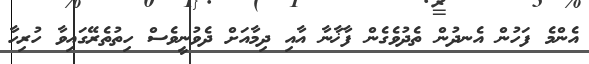
އެންމެ ފަހުން އެނދުން ތެދުވެގެން ފާޚާނާ އާއި ދިމާއަށް ދެވުނީވެސް ހިތުތެރޭގައިވާ ހުރިހާ